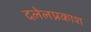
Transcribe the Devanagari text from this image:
दलेलप्रकाश